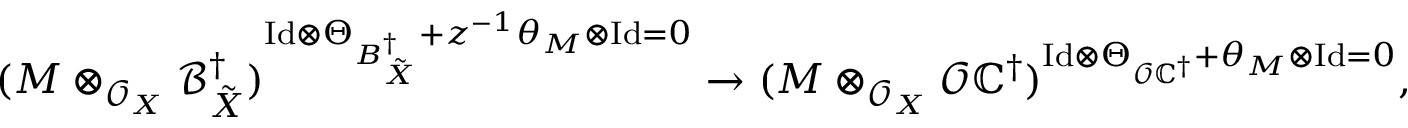
( M \otimes _ { \mathcal { O } _ { X } } \mathcal { B } _ { \tilde { X } } ^ { \dagger } ) ^ { \mathrm { I d } \otimes \Theta _ { B _ { \tilde { X } } ^ { \dagger } } + z ^ { - 1 } \theta _ { M } \otimes \mathrm { I d } = 0 } \to ( M \otimes _ { \mathcal { O } _ { X } } \mathcal { O } \mathbb { C } ^ { \dagger } ) ^ { \mathrm { I d } \otimes \Theta _ { \mathcal { O } \mathbb { C } ^ { \dagger } } + \theta _ { M } \otimes \mathrm { I d } = 0 } ,